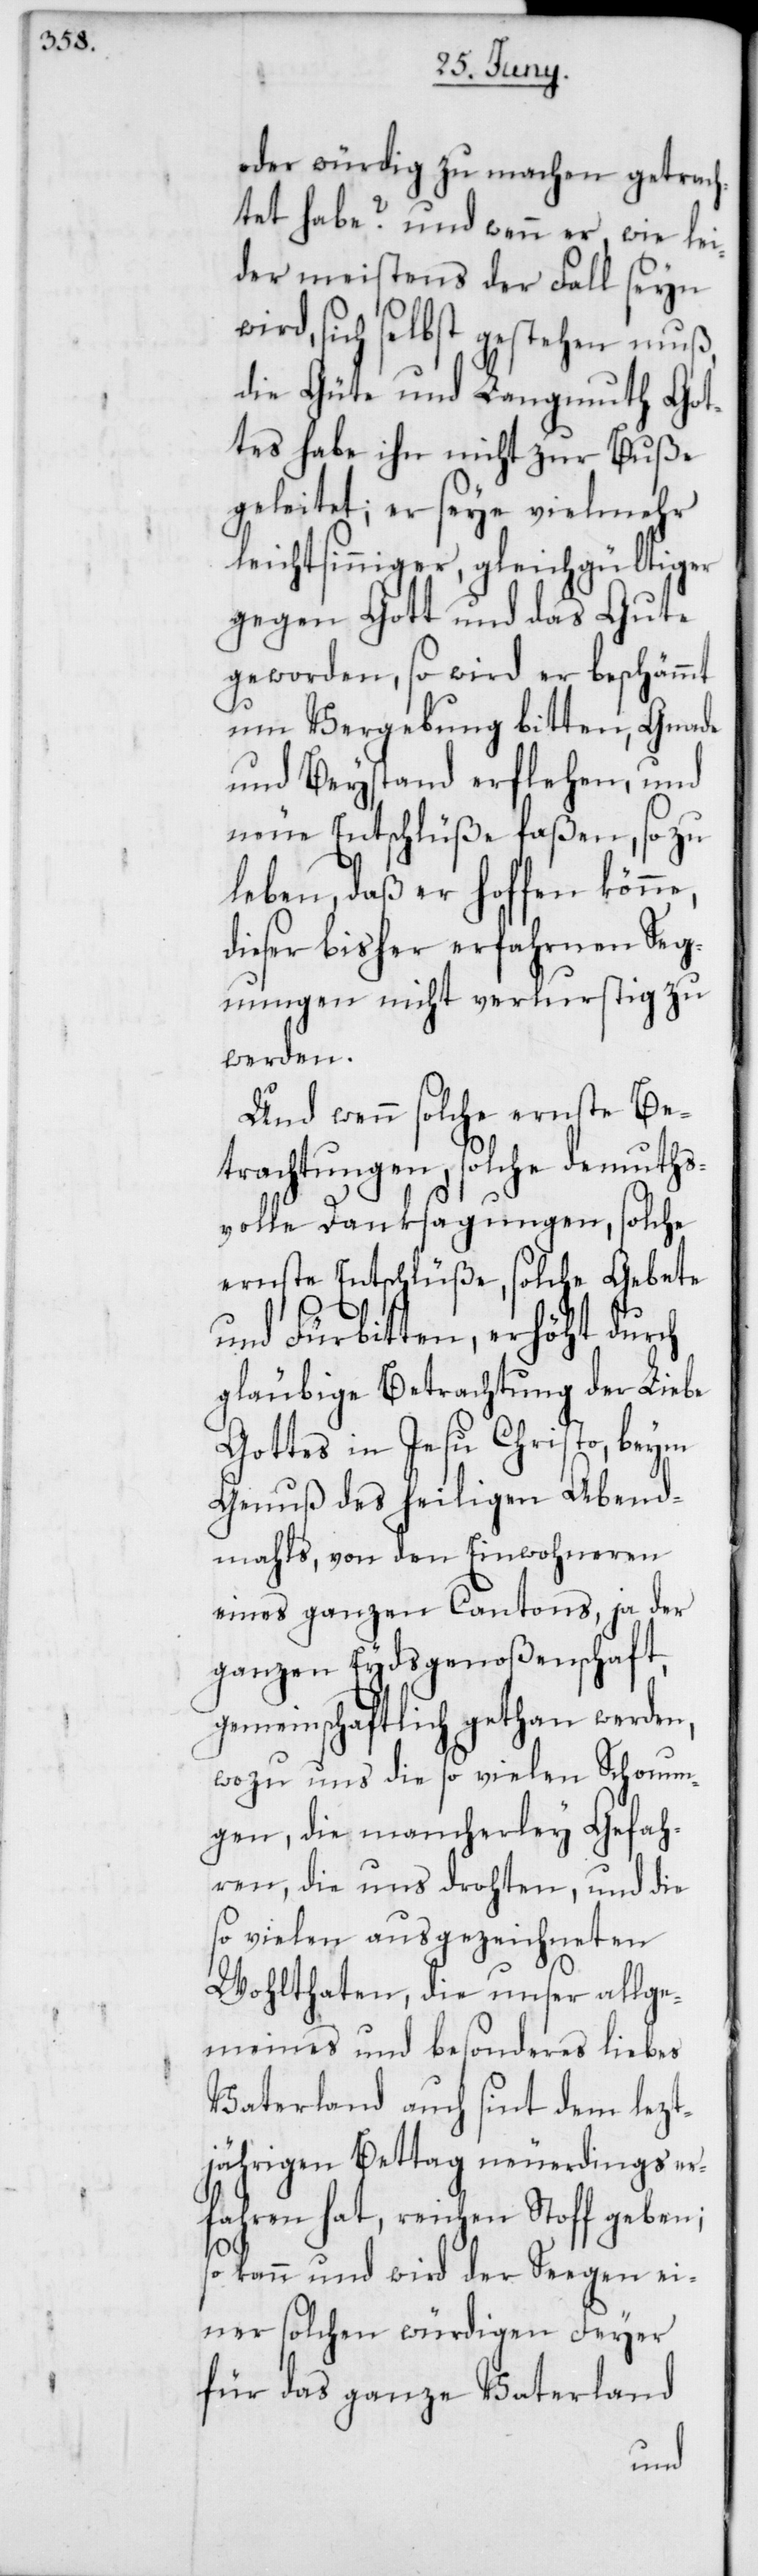
oder würdig zu machen getrach¬
tet habe? und wenn er, wie lei¬
der meistens der Fall seyn
wird, sich selbst gestehen muß,
die Güte und Langmuth Got¬
tes habe ihn nicht zur Buße
geleitet, er seye vielmehr
leichtsinniger, gleichgültiger
gegen Gott und das Gute
geworden, so wird er beschämmt
um Vergebung bitten, Gnade
und Beystand erflehen, und
neue Entschlüße faßen, so zu
leben, daß er hoffen könne,
dieser bisher erfahrnen Seg¬
nungen nicht verlurstig zu
werden.
Und wenn solche ernste Be¬
trachtungen, solche demuths¬
volle Danksagungen, solche
ernste Entschlüße, solche Gebete
und Fürbitten, erhöht durch
gläubige Betrachtung der Liebe
Gottes in Jesu Christo, beym
Genuß des heiligen Abend¬
mahls, von den Einwohneren
eines ganzen Cantons, ja der
ganzen Eydsgenoßenschaft,
gemeinschaftlich gethan werden,
wozu uns die so vielen Schonun¬
gen, die mancherley Gefah¬
ren, die uns drohten, und die
so vielen ausgezeichneten
Wohlthaten, die unser allge¬
meines und besonders liebes
Vaterland auch sint dem lezt¬
jährigen Bettag neuerdings er¬
fahren hat, reichen Stoff geben;
so kann und wird der Seegen ei¬
ner solchen würdigen Feyer
für das ganze Vaterland